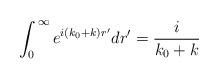
LaTeX: \begin{align*}\int_{0}^{\,\infty} e^{i(k_{0}+k)r'}dr' = \frac{i}{k_{0}+k} \end{align*}